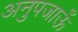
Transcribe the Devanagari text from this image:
अनुपजाऊँ